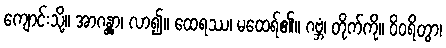
ကျောင်းသို့။ အာဂန္တွာ၊ လာ၍။ ထေရဿ၊ မထေရ်၏။ ဂဗ္ဘံ၊ တိုက်ကို။ ဝိဝရိတွာ၊